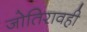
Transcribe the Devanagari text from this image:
जोतिरावही